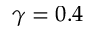
\gamma = 0 . 4